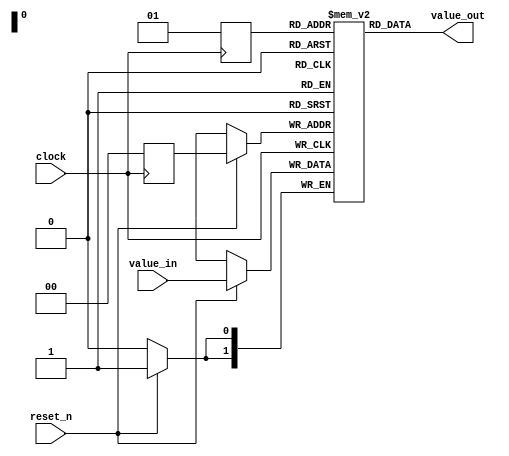
// DEFINES
`define BITS 2         // Bit width of the operands

module 	bm_simple_memory(clock, 
		reset_n, 
		value_out,
		value_in
		);

// SIGNAL DECLARATIONS
input	clock;
input 	reset_n;
input 	[`BITS-1:0]value_in;

output [`BITS-1:0] value_out;
wire [`BITS-1:0]    value_out;

reg [`BITS-1:0] memory [3:0]; // 4 memory slots of Bits wide
reg [1:0] address_counter;
reg [1:0] address_counter2;
wire [`BITS-1:0] temp;

always @(posedge clock)
begin
	address_counter <= 2'b00;
	address_counter2 <= 2'b01;
	if (reset_n == 1'b1)
		memory[address_counter] <= value_in;
end

assign value_out = memory[address_counter2];

endmodule